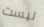
ليست